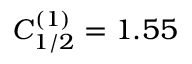
{ C _ { 1 / 2 } ^ { ( 1 ) } = 1 . 5 5 }